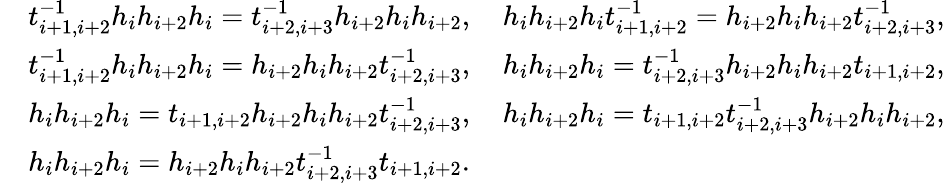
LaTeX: \begin{array}{rl}&{t_{i+1,i+2}^{-1}h_{i}h_{i+2}h_{i}=t_{i+2,i+3}^{-1}h_{i+2}h_{i}h_{i+2},\quad h_{i}h_{i+2}h_{i}t_{i+1,i+2}^{-1}=h_{i+2}h_{i}h_{i+2}t_{i+2,i+3}^{-1},}\\ &{t_{i+1,i+2}^{-1}h_{i}h_{i+2}h_{i}=h_{i+2}h_{i}h_{i+2}t_{i+2,i+3}^{-1},\quad h_{i}h_{i+2}h_{i}=t_{i+2,i+3}^{-1}h_{i+2}h_{i}h_{i+2}t_{i+1,i+2},}\\ &{h_{i}h_{i+2}h_{i}=t_{i+1,i+2}h_{i+2}h_{i}h_{i+2}t_{i+2,i+3}^{-1},\quad h_{i}h_{i+2}h_{i}=t_{i+1,i+2}t_{i+2,i+3}^{-1}h_{i+2}h_{i}h_{i+2},}\\ &{h_{i}h_{i+2}h_{i}=h_{i+2}h_{i}h_{i+2}t_{i+2,i+3}^{-1}t_{i+1,i+2}.}\end{array}